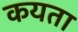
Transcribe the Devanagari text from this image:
कयता